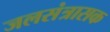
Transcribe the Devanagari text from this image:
जलसंत्रासक